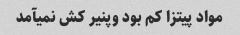
مواد پیتزا کم بود وپنیر کش نمیآمد